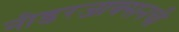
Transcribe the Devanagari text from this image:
नीडरजाक्सनची